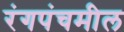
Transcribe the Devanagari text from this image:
रंगपंचमील